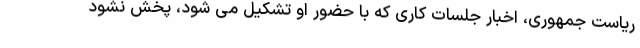
ریاست جمهوری، اخبار جلسات کاری که با حضور او تشکیل می شود، پخش نشود